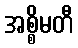
အစ္စိမတီ